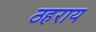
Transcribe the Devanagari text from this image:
ठहराय